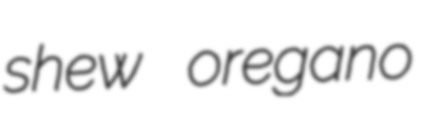
shew oregano